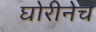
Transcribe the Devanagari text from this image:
घोरीनेच